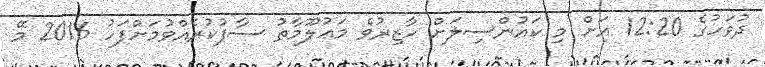
ދުވަހުގެ 12:20 އަށް މި ކައުންސިލަށް ހާޒިރުވެ މަޢުލޫމާތު ސާފުކުރެއްވުމަށްފަހު 2016 މޭ